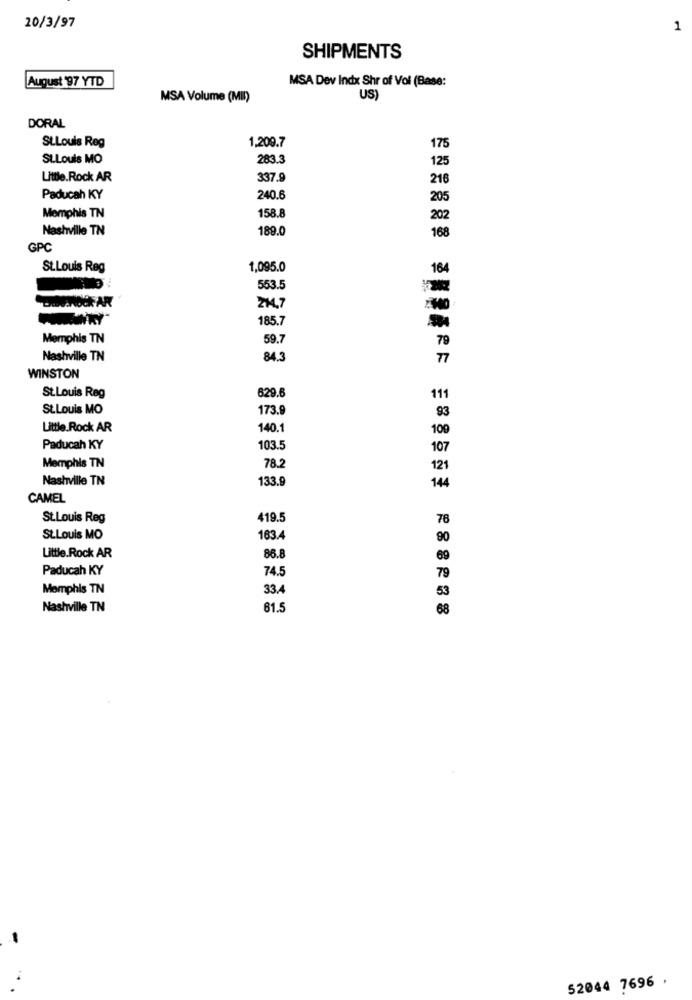
20/3/97
1
SHIPMENTS
August 97 YTD
MSA Dev Indx Shr of Voi (Base:
MSA Volume (MIN)
US
DORAL
1,209.7
175
St.Louis Reg
St.Louis MO
283.3
125
Little.Rock AR
337.9
216
Paducah KY
240.6
205
Memphis TN
158.8
202
Nashville TN
189.0
168
GPC
St.Louis Reg
1,095.0
164
553.5
DwuSNOCk AR
214,7
185.7
Memphis TN
59.7
79
Nashville TN
84.3
77
WINSTON
St.Louis Reg
629.6
111
St.Louis MO
173.9
93
Little Rock AR
140.1
100
Paducah KY
103.5
107
Memphis TN
78.2
Nashville TN
133.9
144
CAMEL
St.Louis Reg
419.5
78
StLouis MO
163.4
90
Little.Rock AR
86.8
69
Paducah KY
74.5
79
Memphis TN
33.4
53
Nashville TN
61.5
68
52044 7696 .